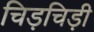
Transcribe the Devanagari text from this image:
चिड़चिड़ी